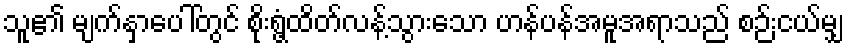
သူ၏ မျက်နှာပေါ်တွင် စိုးရွံ့ထိတ်လန့်သွားသော ဟန်ပန်အမူအရာသည် စဉ်းငယ်မျှ